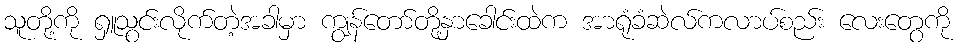
သူတို့ကို ရှူသွင်းလိုက်တဲ့အခါမှာ ကျွန်တော်တို့နှာခေါင်းထဲက အာရုံခံဆဲလ်ကလာပ်စည်း လေးတွေကို